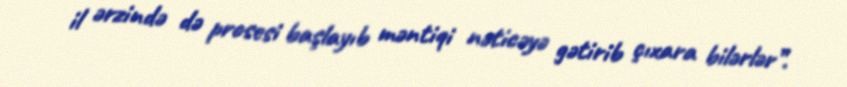
il ərzində də prosesi başlayıb məntiqi nəticəyə gətirib çıxara bilərlər”.